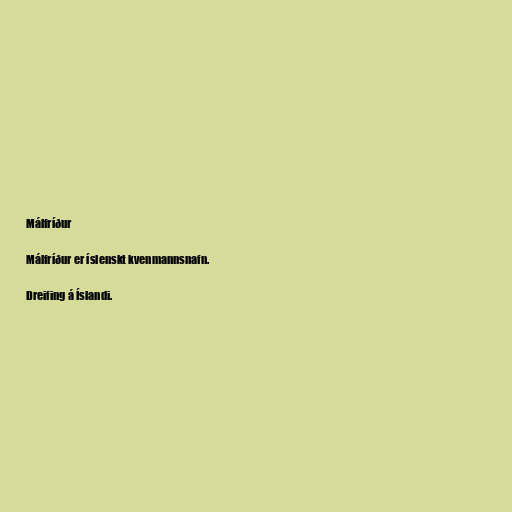
Málfríður

Málfríður er íslenskt kvenmannsnafn.

Dreifing á Íslandi.